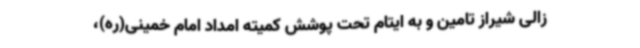
زالی شیراز تامین و به ایتام تحت پوشش کمیته امداد امام خمینی(ره)،